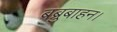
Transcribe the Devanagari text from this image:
बब्रुबाहन।